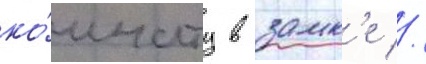
ко́мнату в замк'е //